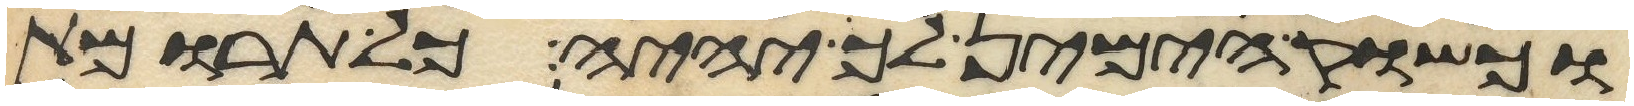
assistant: וכשוק הימין לך יהיה כל תרומת